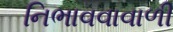
નિભાવવાવાળી